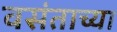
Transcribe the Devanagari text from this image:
वसंताच्या